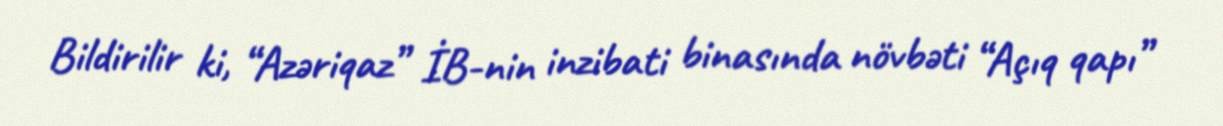
Bildirilir ki, “Azəriqaz” İB-nin inzibati binasında növbəti “Açıq qapı”